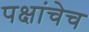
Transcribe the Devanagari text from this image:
पक्षांचेच